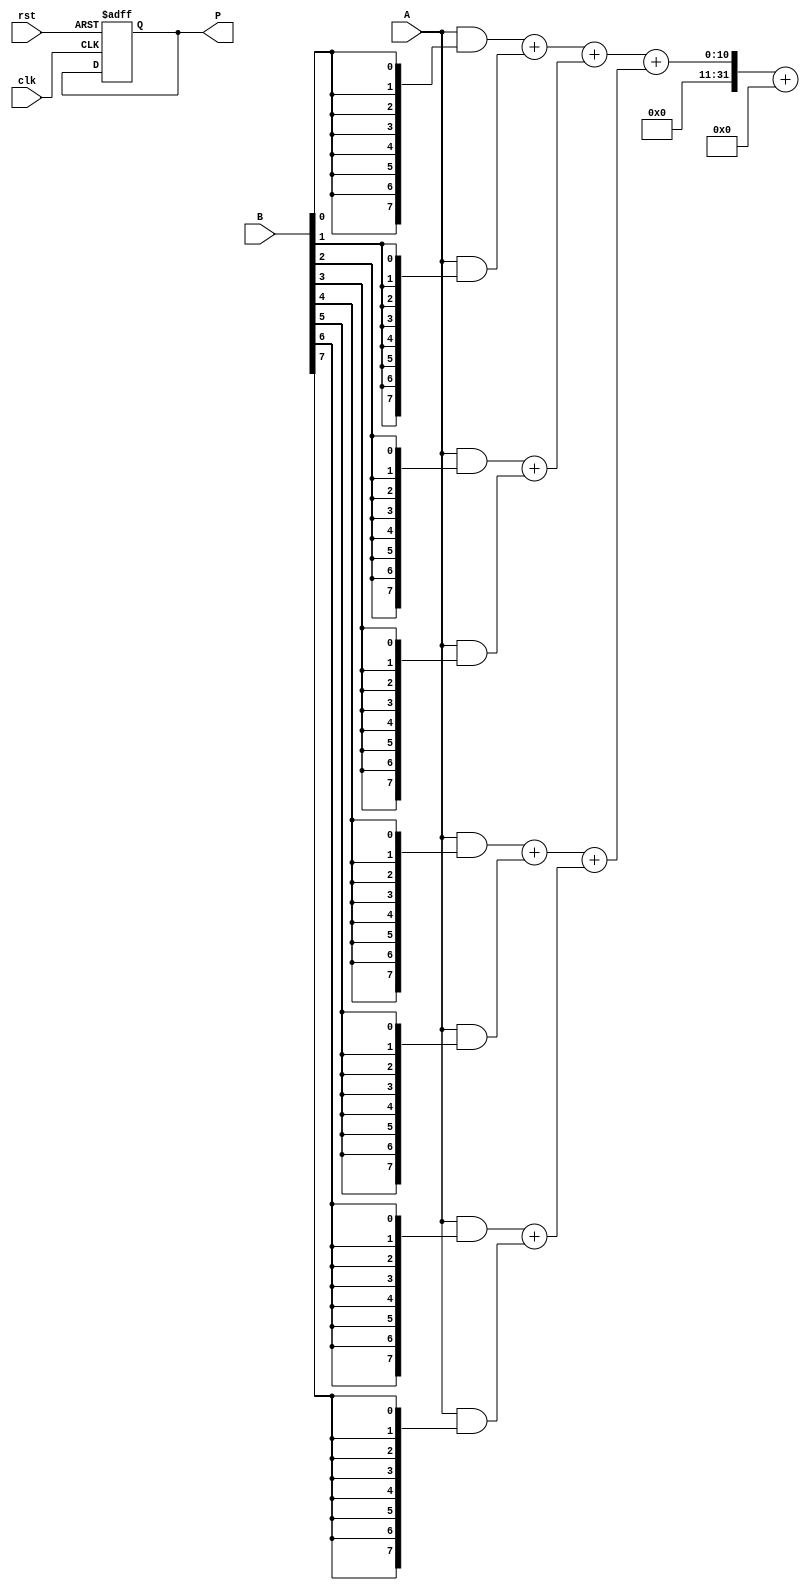
module WallaceTreeMultiplier (
    input wire clk,
    input wire rst,
    input wire [7:0] A,
    input wire [7:0] B,
    output reg [15:0] P
);

    // Intermediate signals
    wire [7:0] pp [0:7]; // Partial products
    wire [15:0] sum [0:6]; // Sums at each stage
    wire [15:0] carry [0:6]; // Carries at each stage

    // Generate partial products
    genvar i;
    generate
        for (i = 0; i < 8; i = i + 1) begin : gen_partial_products
            assign pp[i] = A & {8{B[i]}};
        end
    endgenerate

    // Wallace Tree Reduction
    // Stage 1: Combine partial products
    wire [15:0] stage1_sum [0:3];
    wire [15:0] stage1_carry [0:3];

    // Half adders and full adders for stage 1
    assign {stage1_carry[0], stage1_sum[0]} = pp[0] + pp[1];
    assign {stage1_carry[1], stage1_sum[1]} = pp[2] + pp[3];
    assign {stage1_carry[2], stage1_sum[2]} = pp[4] + pp[5];
    assign {stage1_carry[3], stage1_sum[3]} = pp[6] + pp[7];

    // Stage 2: Combine sums and carries
    assign {carry[0], sum[0]} = {1'b0, stage1_sum[0]} + {1'b0, stage1_sum[1]};
    assign {carry[1], sum[1]} = {1'b0, stage1_sum[2]} + {1'b0, stage1_sum[3]};
    assign {carry[2], sum[2]} = carry[0] + carry[1];

    // Stage 3: Final addition
    assign {carry[3], sum[3]} = {1'b0, sum[0]} + {1'b0, sum[1]};
    assign {carry[3], P} = {1'b0, sum[3]} + carry[2];

    // Output stage
    always @(posedge clk or posedge rst) begin
        if (rst) begin
            P <= 16'b0;
        end else begin
            P <= P; // Output the final product
        end
    end

endmodule